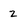
Character: 2